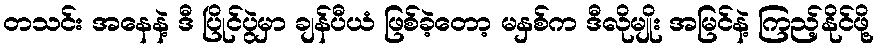
တသင်း အနေနဲ့ ဒီ ပြိုင်ပွဲမှာ ချန်ပီယံ ဖြစ်ခဲ့တော့ မနှစ်က ဒီလိုမျိုး အမြင်နဲ့ ကြည့်နိုင်ဖို့